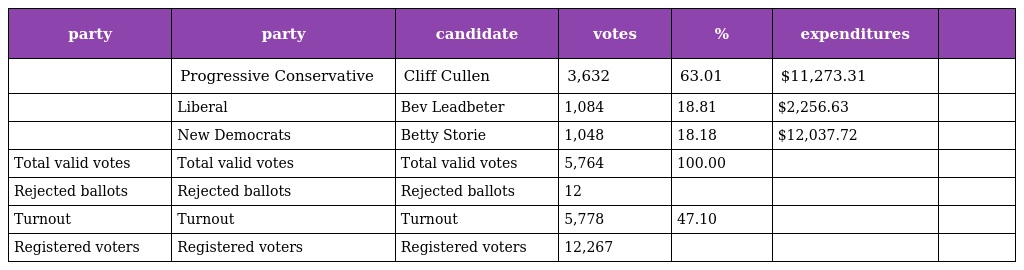
| party | party | candidate | votes | % | expenditures |  |
 | --- | --- | --- | --- | --- | --- | --- |
 |  | Progressive Conservative | Cliff Cullen | 3,632 | 63.01 | $11,273.31 |  |
 |  | Liberal | Bev Leadbeter | 1,084 | 18.81 | $2,256.63 |  |
 |  | New Democrats | Betty Storie | 1,048 | 18.18 | $12,037.72 |  |
 | Total valid votes | Total valid votes | Total valid votes | 5,764 | 100.00 |  |  |
 | Rejected ballots | Rejected ballots | Rejected ballots | 12 |  |  |  |
 | Turnout | Turnout | Turnout | 5,778 | 47.10 |  |  |
 | Registered voters | Registered voters | Registered voters | 12,267 |  |  |  |